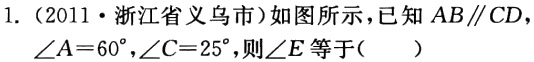
1.（2011·浙江省义乌市）如图所示，已知\(AB\parallel CD\)，\(\angle A = 60^{\circ}\)，\(\angle C = 25^{\circ}\)，则\(\angle E\)等于（  ）